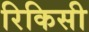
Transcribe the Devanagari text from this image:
रिकिसी